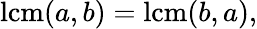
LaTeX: \operatorname{lcm}(a,b)=\operatorname{lcm}(b,a),